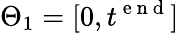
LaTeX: \Theta_{1}=[0,t^{\mathrm{~e~n~d~}}]